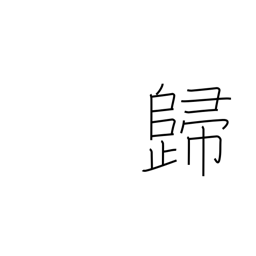
Meaning: result in